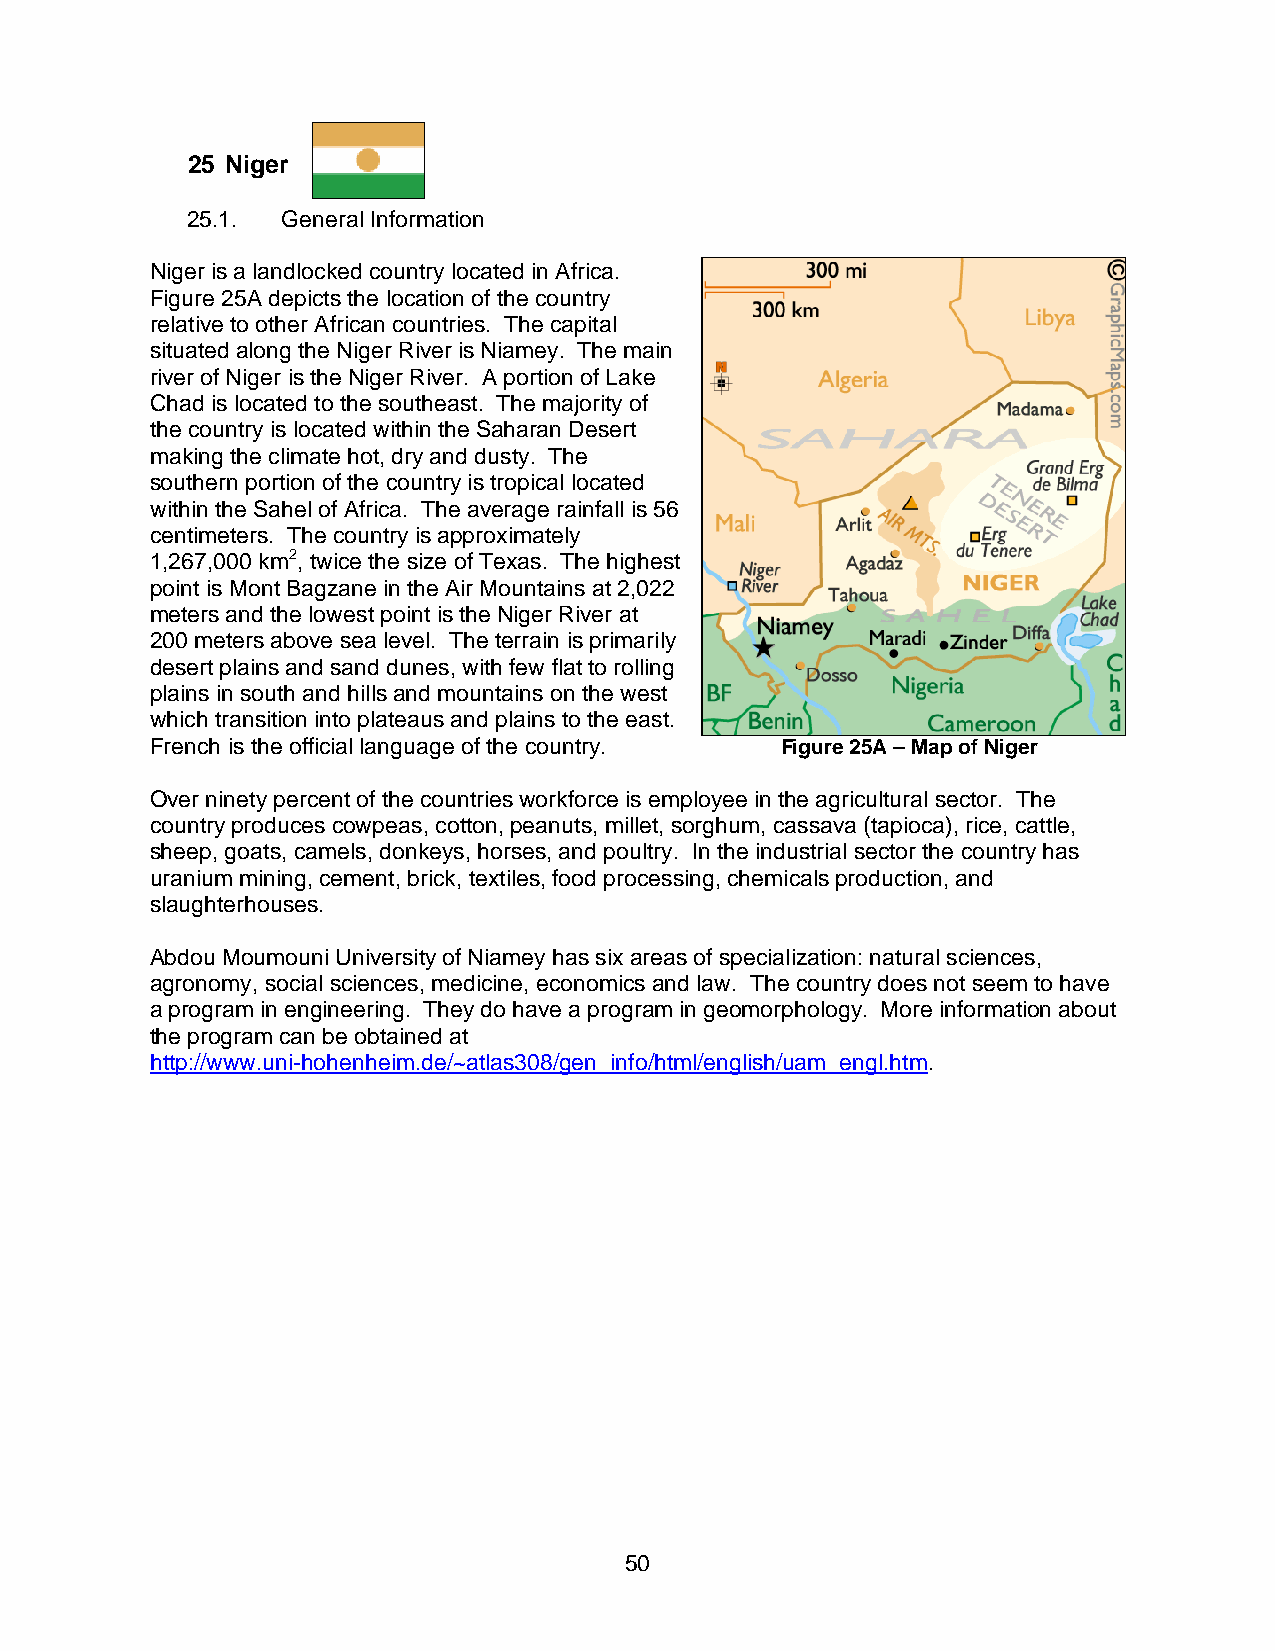
25 Niger
 25.1.  General Information
 Niger is a landlocked country located in Africa.
 Figure 25A depicts the location of the country
 relative to other African countries. The capital
 situated along the Niger River is Niamey. The main
 river of Niger is the Niger River. A portion of Lake
 Chad is located to the southeast. The majority of
 the country is located within the Saharan Desert
 making the climate hot, dry and dusty. The
 southern portion of the country is tropical located
 within the Sahel of Africa. The average rainfall is 56
 centimeters. The country is approximately
 1,267,000 km2, twice the size of Texas. The highest
 point is Mont Bagzane in the Air Mountains at 2,022
 meters and the lowest point is the Niger River at
 200 meters above sea level. The terrain is primarily
 desert plains and sand dunes, with few flat to rolling
 plains in south and hills and mountains on the west
 which transition into plateaus and plains to the east.
 French is the official language of the country. Figure 25A – Map of Niger
 Over ninety percent of the countries workforce is employee in the agricultural sector. The
 country produces cowpeas, cotton, peanuts, millet, sorghum, cassava (tapioca), rice, cattle,
 sheep, goats, camels, donkeys, horses, and poultry. In the industrial sector the country has
 uranium mining, cement, brick, textiles, food processing, chemicals production, and
 slaughterhouses.
 Abdou Moumouni University of Niamey has six areas of specialization: natural sciences,
 agronomy, social sciences, medicine, economics and law. The country does not seem to have
 a program in engineering. They do have a program in geomorphology. More information about
 the program can be obtained at
 http://www.uni-hohenheim.de/~atlas308/gen_info/html/english/uam_engl.htm.
 50